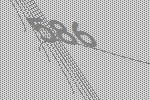
586